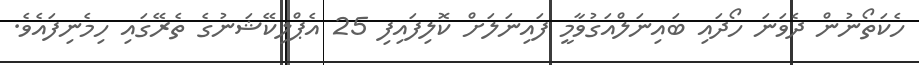
ހެކަތޯނުން ދެވަނަ ހޯދައި ބައިނަލްއަގުވާމީ ފައިނަލަށް ކޮލިފައިފި 25 އެޕްލިކޭޝަނުގެ ތެރޭގައި ހިމެނިފައެވެ.